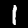
Label: 1